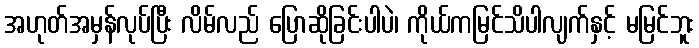
အဟုတ်အမှန်လုပ်ပြီး လိမ်လည် ပြောဆိုခြင်းပါပဲ၊ ကိုယ်ကမြင်သိပါလျက်နှင့် မမြင်ဘူး